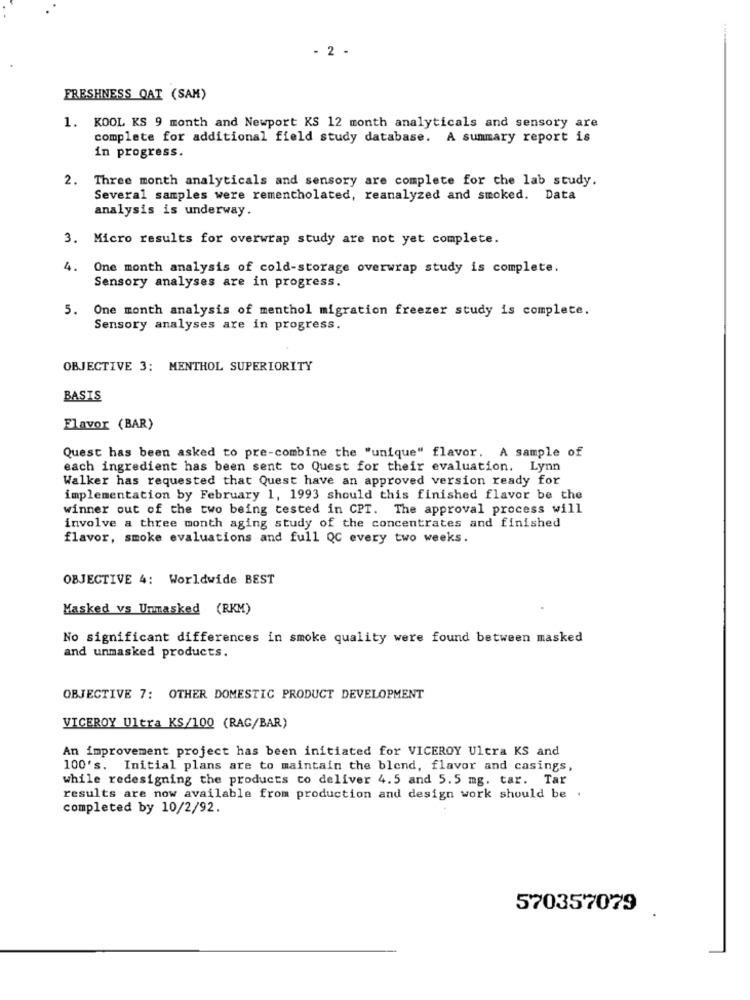
- 2 -
FRESHNESS QAT (SAM)
1. KOOL KS 9 month and Newport KS 12 month analyticals and sensory are
complete for additional field study database. A summary report is
in progress.
2. Three month analyticals and sensory are complete for che lab study.
Several samples were rementholated, reanalyzed and smoked. Data
analysis is underway.
3. Micro results for overwrap study are not yet complete.
4.
One month analysis of cold-storage overwrap study is complete.
Sensory analyses are in progress.
5.
One month analysis of menthol migration freezer study is complete.
Sensory analyses are in progress.
OBJECTIVE 3: MENTHOL SUPERIORITY
BASIS
Flavor (BAR)
Quest has been asked to pre-combine the "unique" flavor. A sample of
each ingredient has been sent to Quest for their evaluation. Lynn
Walker has requested that Quest have an approved version ready for
implementation by February 1, 1993 should this finished flavor be the
winner out of the two being tested in CPT. The approval process will
involve a three month aging study of the concentrates and finished
flavor, smoke evaluations and full QC every two weeks.
OBJECTIVE 4: Worldwide BEST
Masked vs Unmasked (RKM)
No significant differences in smoke quality were found between masked
and unmasked products.
OBJECTIVE 7: OTHER DOMESTIC PRODUCT DEVELOPMENT
VICEROY Ultra KS/100 (RAG/BAR)
An improvement project has been initiated for VICEROY Ultra KS and
100's. Initial plans are to maintain the blend, flavor and casings,
while redesigning the products to deliver 4.5 and 5.5 mg. tar. Tar
results are now available from production and design work should be .
completed by 10/2/92.
570357079